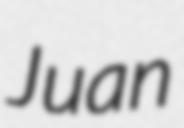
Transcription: Juan